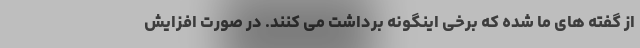
از گفته های ما شده که برخی اینگونه برداشت می کنند. در صورت افزایش